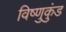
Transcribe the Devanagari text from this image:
विष्णुकुंड